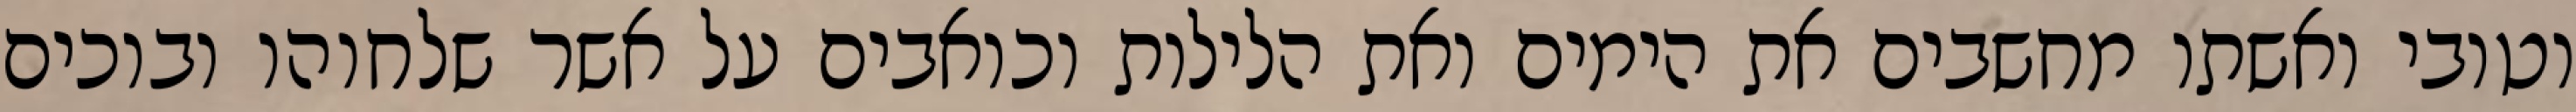
וטובי ואשתו מחשבים את הימים ואת הלילות וכואבים על אשר שלחוהו ובוכים